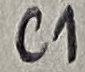
Text: C1